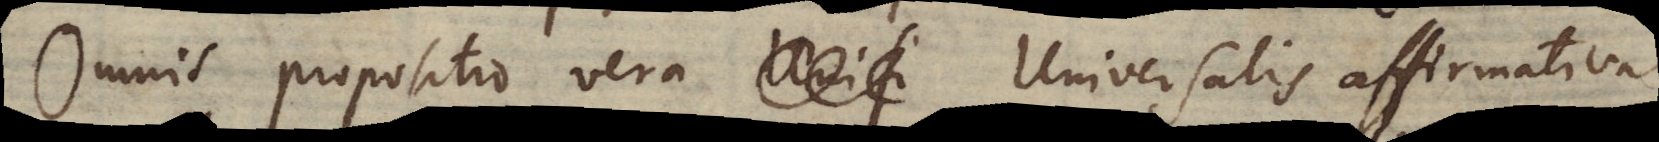
Omnis propositio vera Universalis affirmativa